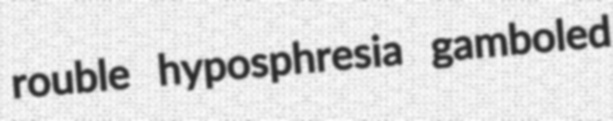
rouble hyposphresia gamboled